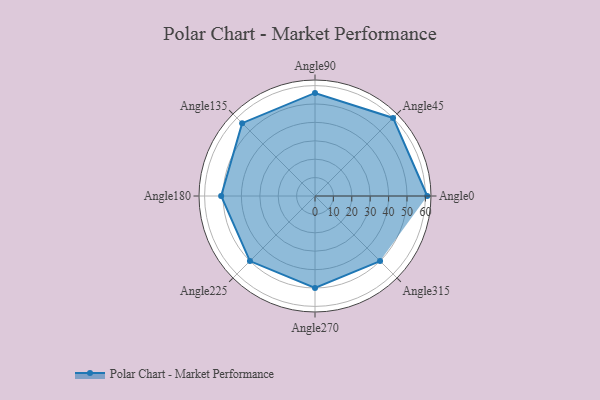
{"axis": {"x": "Angle", "y": "Radius"}, "legend": [""], "data": [{"x": "Angle0", "y": 61.0, "type": ""}, {"x": "Angle45", "y": 60.0, "type": ""}, {"x": "Angle90", "y": 56.0, "type": ""}, {"x": "Angle135", "y": 56.0, "type": ""}, {"x": "Angle180", "y": 51.0, "type": ""}, {"x": "Angle225", "y": 50, "type": ""}, {"x": "Angle270", "y": 50, "type": ""}, {"x": "Angle315", "y": 50, "type": ""}]}